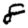
Digit: 8